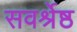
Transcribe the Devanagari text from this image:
सवर्श्रेष्ठ